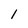
Character: 1